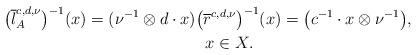
LaTeX: \begin{gather*}\big( \overline{l}_{A}^{c,d,\nu }\big) ^{-1} ( x ) = ( \nu^{-1}\otimes d\cdot x ) \big( \overline{r}^{c,d,\nu}\big) ^{-1} ( x ) =\big( c^{-1}\cdot x\otimes \nu ^{-1}\big) , \\\qquad{} \ \ x\in X.\end{gather*}